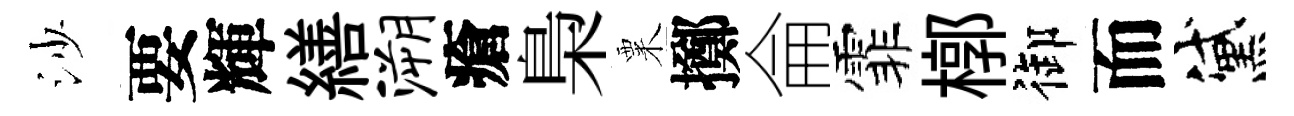
沙要輝繕溯瘡梟粟擲侖霏槨御而黛